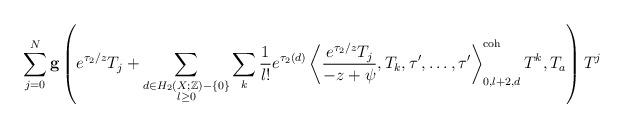
LaTeX: \begin{align*} \sum_{j=0}^N \textbf{g} \left( e^{\tau_2/z}T_j + \sum_{\substack{d \in H_2(X;\mathbb{Z})-\{0\} \\ l \geq 0 }} \sum_k \frac{1}{l!} e^{\tau_2(d)} \left \langle \frac{e^{\tau_2/z} T_j}{-z+\psi}, T_k, \tau', \dots, \tau' \right \rangle^\textnormal{coh}_{0,l+2,d} T^k , T_a \right) T^j \end{align*}